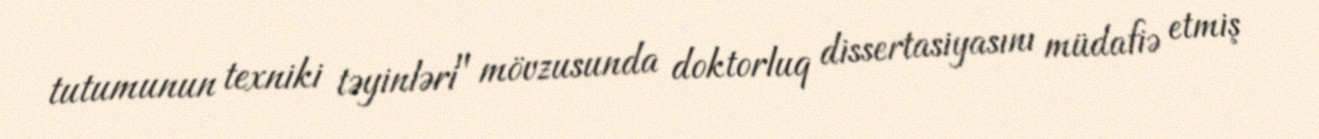
tutumunun texniki təyinləri" mövzusunda doktorluq dissertasiyasını müdafiə etmiş